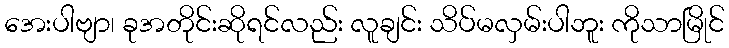
အေးပါဗျာ၊ ခုအတိုင်းဆိုရင်လည်း လူချင်း သိပ်မလှမ်းပါဘူး ကိုသာမြိုင်